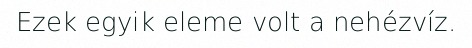
Ezek egyik eleme volt a nehézvíz.